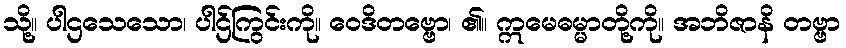
သို့။ ပါဌသေသော၊ ပါဌ်ကြွင်းကို။ ဝေဒိတဗ္ဗော၊ ၏။ ဣမေဓမ္မာတို့ကို။ အဘိဇာနိ တဗ္ဗာ